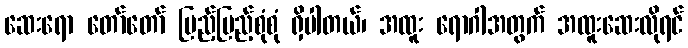
ဆေးရော တော်တော် ပြည့်ပြည့်စုံစုံ ရှိပါတယ်၊ အထူး ရောဂါအတွက် အထူးဆေးလိုရင်